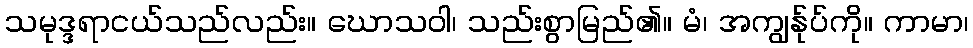
သမုဒ္ဒရာငယ်သည်လည်း။ ဃောသဝါ၊ သည်းစွာမြည်၏။ မံ၊ အကျွန်ုပ်ကို။ ကာမာ၊